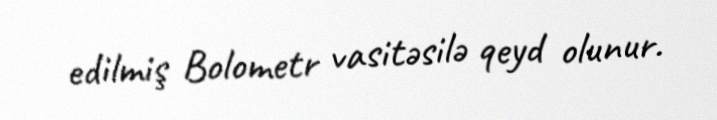
edilmiş Bolometr vasitəsilə qeyd olunur.